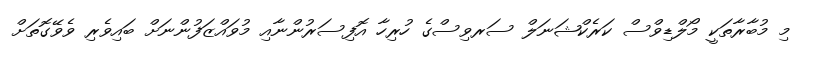
މި މުބާރާތަކީ މޯލްޑިވްސް ކަރެކްޝަނަލް ސަރވިސްގެ ހުރިހާ އޮފިސަރުންނާއި މުވައްޒަފުންނަށް ބައިވެރި ވެވޭގޮތަށް